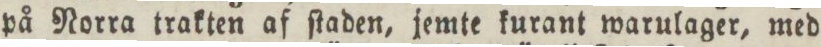
på Norra trakten af ſtaden, jemte kurant warulager, med